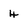
Character: 4